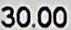
30.00